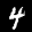
Label: 4